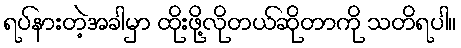
ရပ်နားတဲ့အခါမှာ ထိုးဖို့လိုတယ်ဆိုတာကို သတိရပါ။